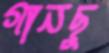
গানছু